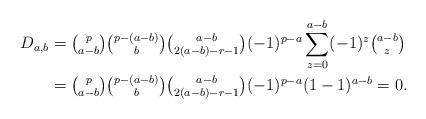
LaTeX: \begin{align*}D_{a,b} &= \tbinom p{a-b} \tbinom {p-(a-b)}{b} \tbinom {a-b}{2(a-b)-r-1} (-1)^{p - a} \sum_{z=0}^{a-b} (-1)^{z} \tbinom {a-b}{z}\\ &= \tbinom p{a-b} \tbinom {p-(a-b)}{b} \tbinom {a-b}{2(a-b)-r-1} (-1)^{p - a} (1-1)^{a-b} = 0.\end{align*}